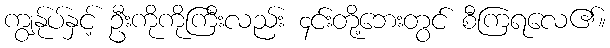
ကျွန်ုပ်နှင့် ဦးကိုကိုကြီးလည်း ၄င်းတို့ဘေးတွင် စီကြရလေ၏။